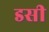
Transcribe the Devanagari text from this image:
डसी